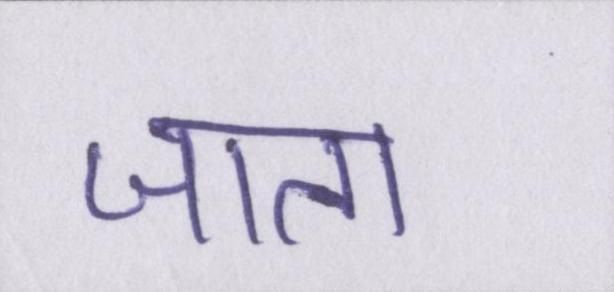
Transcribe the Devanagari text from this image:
जाता